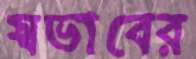
স্বভাবের